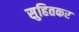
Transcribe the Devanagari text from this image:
सुहितकर